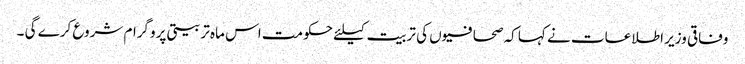
وفاقی وزیر اطلاعات نے کہا کہ صحافیوں کی تربیت کیلئے حکومت اس ماہ تربیتی پروگرام شروع کرے گی ۔